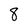
Character: 8